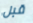
قبل